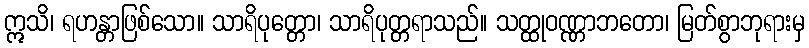
ဣသိ၊ ရဟန္တာဖြစ်သော။ သာရိပုတ္တော၊ သာရိပုတ္တရာသည်။ သတ္ထုဝဏ္ဏာဘတော၊ မြတ်စွာဘုရားမှ